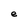
Character: e